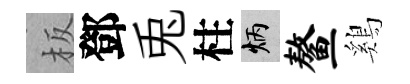
板鄧兎柱炳鳌鷄